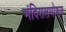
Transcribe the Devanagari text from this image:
मंदिरासमोरुन